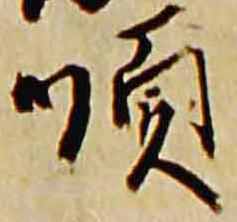
順